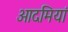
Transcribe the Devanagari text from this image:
आदमियां